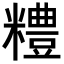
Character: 𥽈